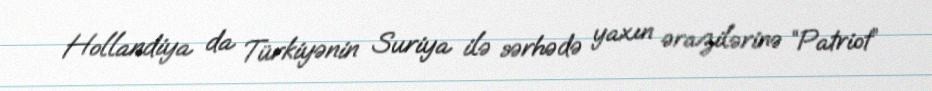
Hollandiya da Türkiyənin Suriya ilə sərhədə yaxın ərazilərinə “Patriot”